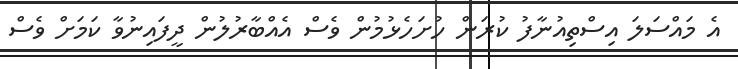
އެ މައްސަލަ އިސްތިއުނާފު ކުރަން ހުށަހެޅުމުން ވެސް އެއްބާރުލުން ދީފައިނުވާ ކަމަށް ވެސް